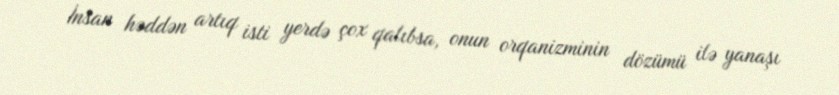
İnsan həddən artıq isti yerdə çox qalıbsa, onun orqanizminin dözümü ilə yanaşı